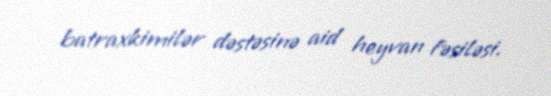
batraxkimilər dəstəsinə aid heyvan fəsiləsi.